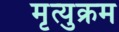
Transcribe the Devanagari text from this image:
मृत्युक्रम